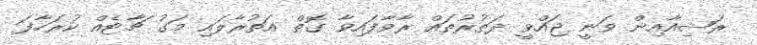
ރަޝިއާއިން ވަނީ ޖައްވީ ދަތުރުތައް ރާވާފައިވާ ގޮތް އަތުރާލައި މަގު ޗާޓެއް ކުރަހާފަ